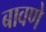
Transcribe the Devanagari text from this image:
बावणे